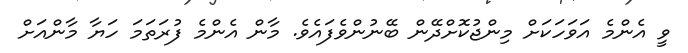
ވީ އެންމެ އަވަހަކަށް މިންޖުކޮށްދޭން ބޭނުންވެފައެވެ. މާން އެންމެ ފުރަތަމަ ހަޔާ މާންއަށް